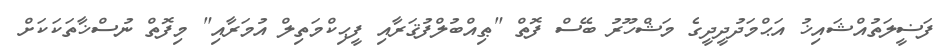
ފަޟީލަތުއްޝައިޚު އަޙްމަދުދީދީގެ މަޝްހޫރު ބޭސް ފޮތް "ޠިއްބުލްފުޤަރާއި ފީޙިކްމަތިލް އުމަރާއި" މިފޮތް ނުސްޚާތަކަކަށް